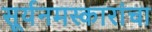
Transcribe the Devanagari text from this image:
सूर्यनमस्कारांचा